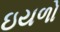
ઇયળો